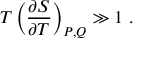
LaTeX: T \left( \frac { \partial S } { \partial T } \right) _ { P , Q } \gg 1 \ .